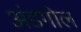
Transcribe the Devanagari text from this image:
अंडगोल